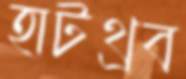
হাটথ্রব